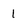
Character: 1